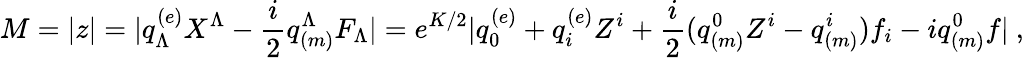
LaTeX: M=|z|=|q_{\Lambda}^{(e)}X^{\Lambda}-{\frac{i}{2}}q_{(m)}^{\Lambda}F_{\Lambda}|=e^{K/2}|q_{0}^{(e)}+q_{i}^{(e)}Z^{i}+{\frac{i}{2}}(q_{(m)}^{0}Z^{i}-q_{(m)}^{i})f_{i}-iq_{(m)}^{0}f|\ ,